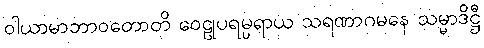
ဝါယာမာဘာဝတောတိ ဝေဠုပရမ္ပရာယ သရဏာဂမနေ သမ္မာဒိဋ္ဌီ